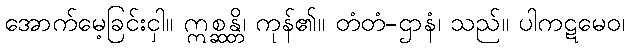
အောက်မေ့ခြင်းငှါ။ ဣစ္ဆန္တိ၊ ကုန်၏။ တံတံ-ဌာနံ၊ သည်။ ပါကဋမေဝ၊